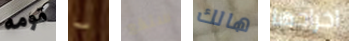
قومه ما ستقع هالك اخراجها